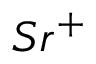
S r ^ { + }